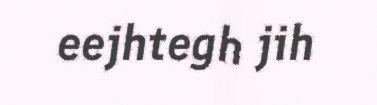
eejhtegh jih